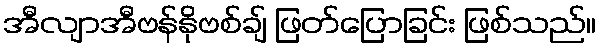
အီလျာအီဗန်နိုဗစ်ချ် ဖြတ်ပြောခြင်း ဖြစ်သည်။